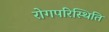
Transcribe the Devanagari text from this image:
रोगपरिस्थिति